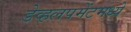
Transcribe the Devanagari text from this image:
डेव्हलपमेंटमध्ये